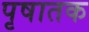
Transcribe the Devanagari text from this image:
पृषातक